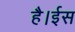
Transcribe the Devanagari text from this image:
है।ईस